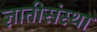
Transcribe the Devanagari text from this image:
ज्ञातीसंस्था